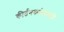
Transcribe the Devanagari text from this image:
कीर्तनकलेसाठी